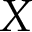
X